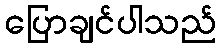
ပြောချင်ပါသည်